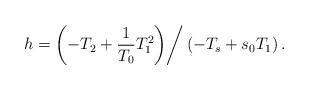
LaTeX: \begin{align*}h=&\left.\left(-T_2+\frac{1}{T_0}T_1^2\right)\right/\left(-T_s+s_0T_1\right).\end{align*}